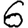
Digit: 6